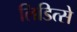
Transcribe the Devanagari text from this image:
लिडित्से